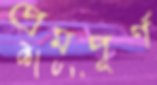
প্রেমপূর্ণ